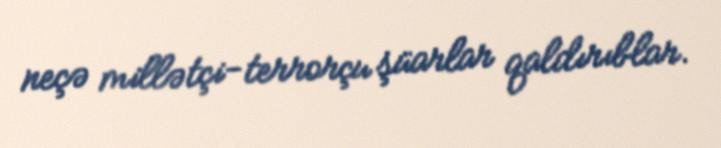
neçə millətçi-terrorçu şüarlar qaldırıblar.